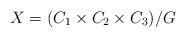
LaTeX: \begin{align*}X=(C_1 \times C_2 \times C_3)/G\end{align*}